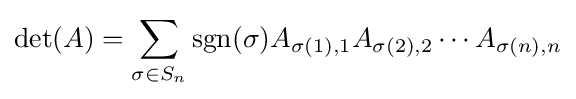
\det(A)=\sum _{\sigma \in S_{n}}\operatorname {sgn}(\sigma )A_{\sigma (1),1}A_{\sigma (2),2}\cdots A_{\sigma (n),n}